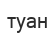
туан